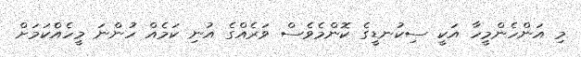
މި އަންހެންމީހާ އަކީ ސިކުނޑީގެ ކޮންމެވެސް ވަރެއްގެ އުނި ކަމެއް ހުންނަ މީހެއްެކަމަށް